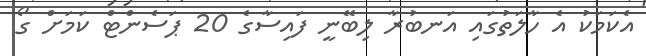
އެކަމަކު އެ ހާލަތުގައި އަނބުރާ ލިބޭނީ ފައިސާގެ 20 ޕަސެންޓް ކަމަށް ގޯ